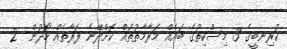
ކުރިނބީގެ 3 މިސްކިތުގެ ބައެއް މަރާމާތުތައް ކޮށްދޭނެ ފަރާތެއް ހޯދުން  2